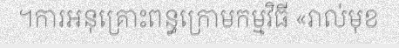
។ការអនុគ្រោះពន្ធក្រោមកម្មវិធី «រាល់មុខ